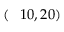
( \phantom { - } 1 0 , 2 0 )